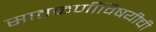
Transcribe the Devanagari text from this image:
सातकर्णीविषयीची